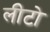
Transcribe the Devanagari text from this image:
लीटो